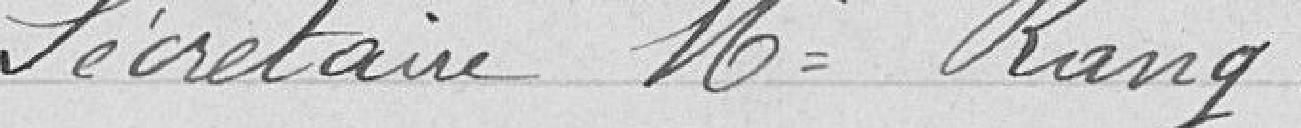
Secrétaire : Monsieur Rang;